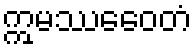
ဣမဿေဝေတံ